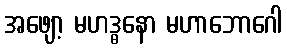
အဖျော့ မဟဒ္ဓနော မဟာဘောဂေါ